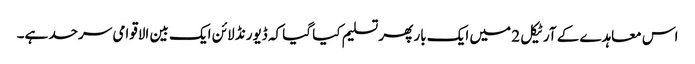
اس معاہدے کے آرٹیکل 2 میں ایک بار پھر تسلیم کیا گیا کہ ڈیورنڈ لائن ایک بین الاقوامی سرحد ہے۔